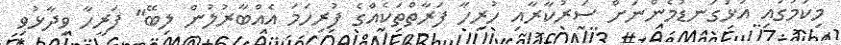
މިކަމުގައި އަޅުގަނޑުމެންނަށް ސަރުކާރާއި ހުރިހާ ފަރާތްތަކެއްގެ ފުރިހަމަ އެއްބާރުލުން ލިބޭ" ފަރީހާ ވިދާޅުވި